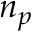
n _ { p }